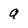
Character: a